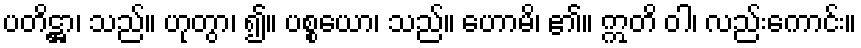
ပတိဋ္ဌာ၊ သည်။ ဟုတွာ၊ ၍။ ပစ္စယော၊ သည်။ ဟောမိ၊ ၏။ ဣတိ ဝါ၊ လည်းကောင်း။